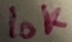
Text: 10K